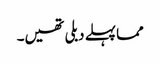
مما پہلے دبلی تھیں۔